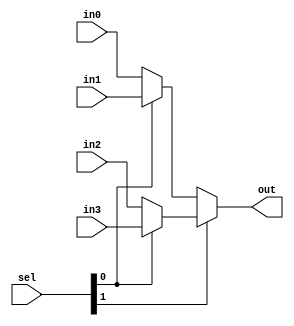
module Mux_4to1_array (
    out,
    sel,
    in0,
    in1,
    in2,
    in3
);
    input [1:0] sel;
    input [31:0] in0, in1, in2, in3;
    output [31:0] out;

    assign out = sel[1] ? (sel[0] ? in3 : in2) : (sel[0] ? in1 : in0);
endmodule